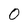
Character: 0